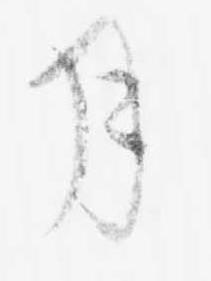
月